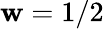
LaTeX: \mathbf{w}=1/2